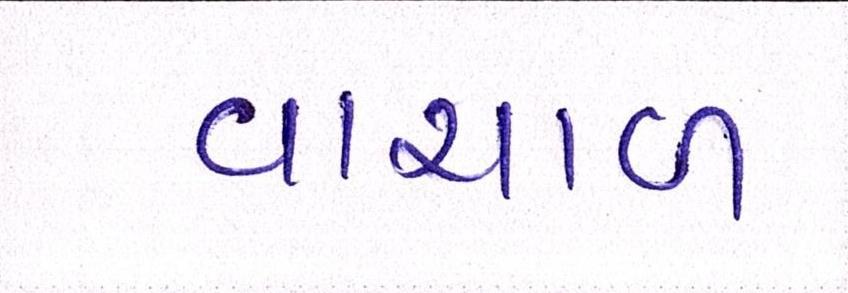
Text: વાચાળ